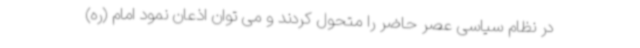
در نظام سیاسی عصر حاضر را متحول کردند و می توان اذعان نمود امام (ره)